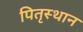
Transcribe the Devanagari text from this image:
पितृस्थान